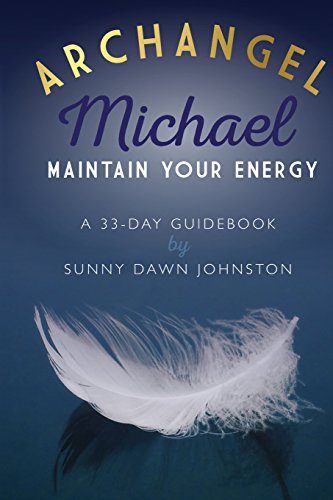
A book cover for Archangel Michael: Maintain Your Energy: A 33-Day Guidebook; Sunny Dawn Johnston; Religion & Spirituality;